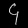
Digit: ၄